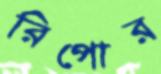
রিপোর